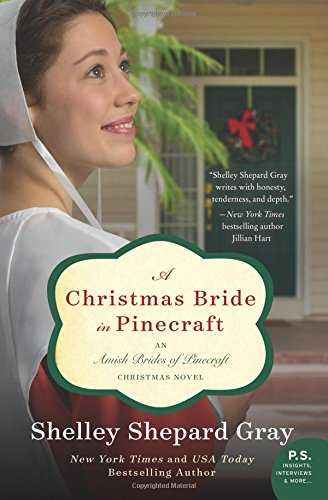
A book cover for A Christmas Bride in Pinecraft: An Amish Brides of Pinecraft Christmas Novel (The Pinecraft Brides); Shelley Shepard Gray; Romance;